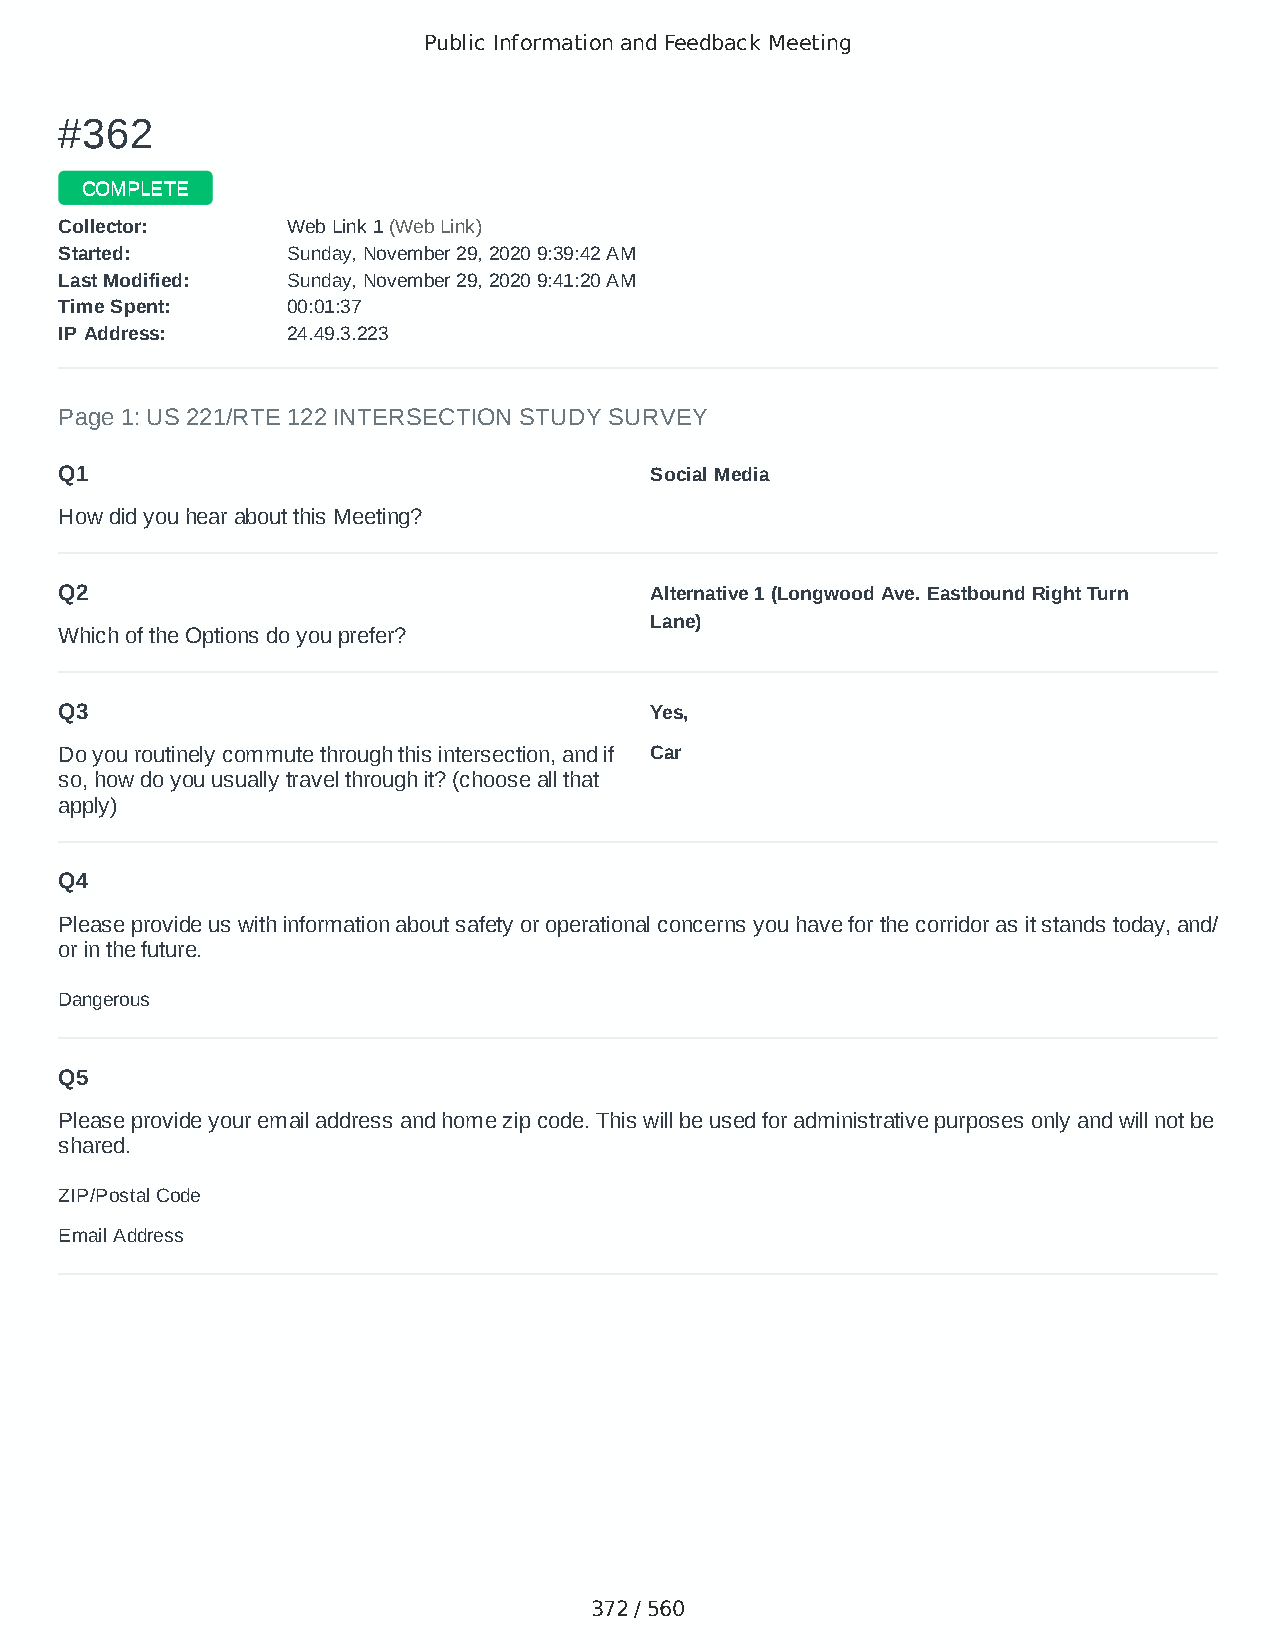
Public Information and Feedback Meeting
 ##336622
 CCOOMMPPLLEETTEE
 CCoolllleeccttoorr:: WWeebb LLiinnkk 11 ((WWeebb LLiinnkk))
 SSttaarrtteedd:: SSuunnddaayy,, NNoovveemmbbeerr 2299,, 22002200 99::3399::4422 AAMM
 LLaasstt MMooddiiffiieedd:: SSuunnddaayy,, NNoovveemmbbeerr 2299,, 22002200 99::4411::2200 AAMM
 TTiimmee SSppeenntt:: 0000::0011::3377
 IIPP AAddddrreessss:: 2244..4499..33..222233
 Page 1: US 221/RTE 122 INTERSECTION STUDY SURVEY
 Q1                                     Social Media
 How did you hear about this Meeting?
 Q2                                     Alternative 1 (Longwood Ave. Eastbound Right Turn
 Lane)
 Which of the Options do you prefer?
 Q3                                     Yes,
 Do you routinely commute through this intersection, and if Car
 so, how do you usually travel through it? (choose all that
 apply)
 Q4
 Please provide us with information about safety or operational concerns you have for the corridor as it stands today, and/
 or in the future.
 Dangerous
 Q5
 Please provide your email address and home zip code. This will be used for administrative purposes only and will not be
 shared.
 ZIP/Postal Code                        24523
 Email Address                          linda.west51@gmail.com
 372 / 560